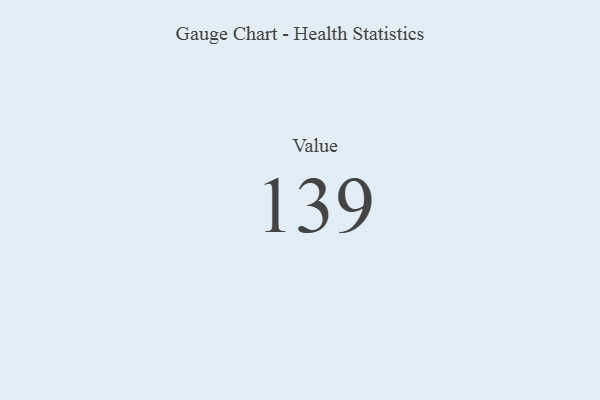
{"axis": {"x": "Metric", "y": "Value"}, "legend": [""], "data": [{"x": "Value", "y": 139, "type": ""}]}